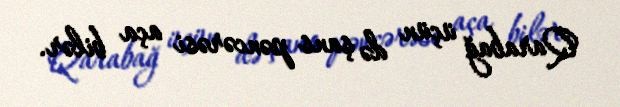
Qarabağ üçün də şans pəncərəsi aça bilər.